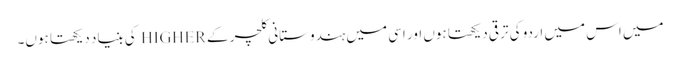
میں اس میں اردو کی ترقی دیکھتا ہوں اور اسی میں ہندوستانی کلچر کے HIGHER کی بنیاد دیکھتا ہوں۔